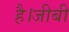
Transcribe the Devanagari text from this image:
है।जीबी